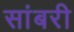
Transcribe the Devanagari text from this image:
सांबरी